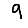
Digit: 9